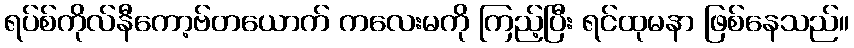
ရပ်စ်ကိုလ်နီကော့ဗ်တယောက် ကလေးမကို ကြည့်ပြီး ရင်ထုမနာ ဖြစ်နေသည်။